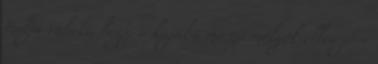
tudja valaki, hogy a kajába mászó molyok ellen jó-e